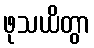
ဖုသယိတွာ